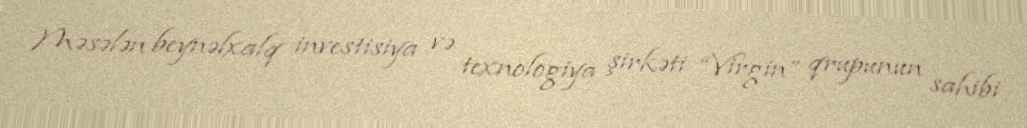
Məsələn beynəlxalq investisiya və texnologiya şirkəti “Virgin” qrupunun sahibi